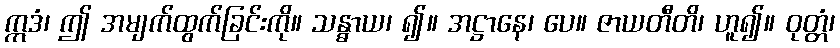
ဣဒံ၊ ဤ အမျက်ထွက်ခြင်းကို။ သန္ဓာယ၊ ၍။ အဋ္ဌာနေ၊ ပေ။ ဇာယတီတိ၊ ဟူ၍။ ဝုတ္တံ၊